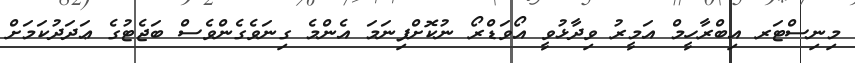
މިނިސްޓަރ އިބްރާހީމް އަމީރު ވިދާޅުވީ އޯވަޑްރޯ ނުކޮށްފިނަމަ އެންމެ ގިނަވެގެންވެސް ބަޖެޓުގެ ޢަދަދުކަމަށް